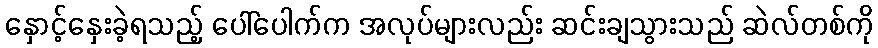
နှောင့်နှေးခဲ့ရသည့် ပေါ်ပေါက်က အလုပ်များလည်း ဆင်းချသွားသည် ဆဲလ်တစ်ကို